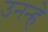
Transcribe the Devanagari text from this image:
उनन्हे